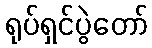
ရုပ်ရှင်ပွဲတော်